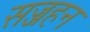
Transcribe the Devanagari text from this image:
सज्जहन